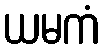
ယမကံ